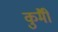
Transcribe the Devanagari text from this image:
कुर्मीै